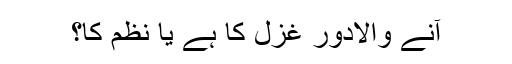
آنے والادَور غزل کا ہے یا نظم کا؟